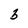
Character: 3